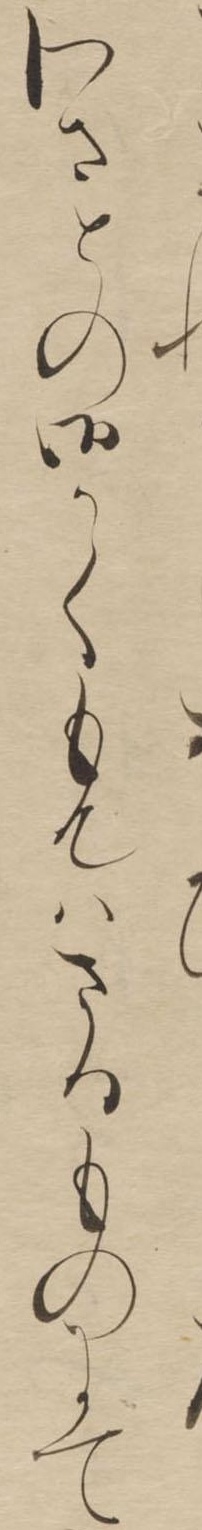
わさとの御かくもんはさるものにて